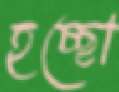
হচ্ছো